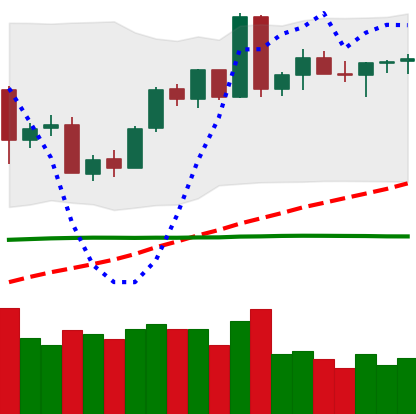
Ticker: BTC-USD
Chart end date: 2020-06-09
Forward return: -4.174%
Label: down_3_5